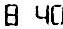
8.40